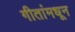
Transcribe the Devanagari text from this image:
गीतांमधून